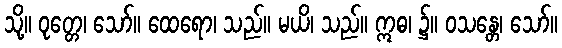
သို့။ ဝုတ္တေ၊ သော်။ ထေရော၊ သည်။ မယိ၊ သည်။ ဣဓ၊ ၌။ ဝသန္တေ၊ သော်။